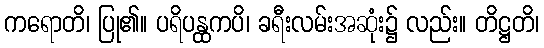
ကရောတိ၊ ပြု၏။ ပရိပန္ထကပိ၊ ခရီးလမ်းအဆုံး၌ လည်း။ တိဋ္ဌတိ၊